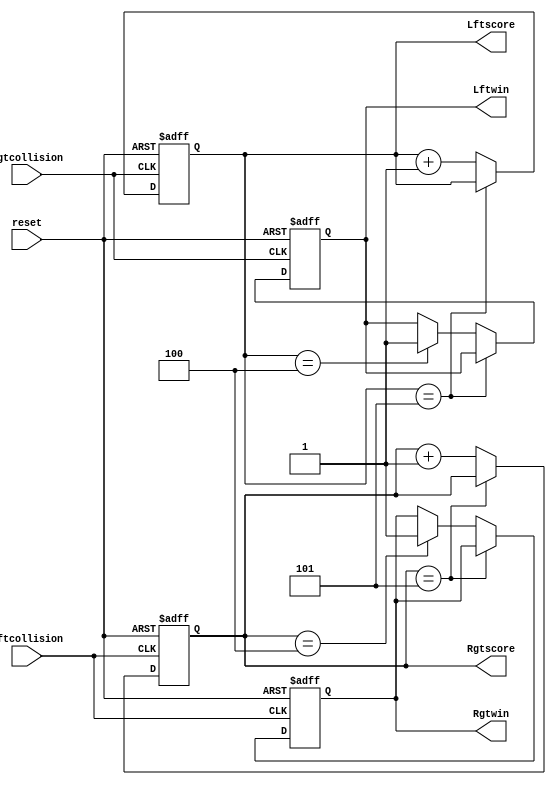
`timescale 1ns / 1ps
//////////////////////////////////////////////////////////////////////////////////
// Company: 
// Engineer: 
// 
// Design Name: 
// Module Name:    mark 
// Project Name: 
// Target Devices: 
// Tool versions: 
// Description: 
//
// Dependencies: 
//
// Revision: 
// Revision 0.01 - File Created
// Additional Comments: 
//
//////////////////////////////////////////////////////////////////////////////////
module mark(Lftcollision,Rgtcollision,reset,Lftscore,Rgtscore,Lftwin,Rgtwin);
input Lftcollision;
input Rgtcollision;
input reset;
output reg [3:0]Lftscore;
output reg [3:0]Rgtscore;
output reg  Lftwin;
output reg Rgtwin;

always @(posedge Rgtcollision,negedge reset)
	begin
		if(!reset)
			begin
				Lftwin<=0;
				Lftscore<=0;
			end
		else 
			begin
				if(Lftscore==5)
					begin
						Lftscore<=Lftscore;
					end
				else if(Lftscore==4)
					begin
						Lftwin<=1;
						Lftscore<=Lftscore+1;
					end
				else
					begin
						Lftscore<=Lftscore+1;
					end
			end
	end
	
always @(posedge Lftcollision,negedge reset)
	begin
		if(!reset)
			begin
				Rgtwin<=0;
				Rgtscore<=0;
			end
		else 
			begin
				if(Rgtscore==5)
					begin
						Rgtscore<=Rgtscore;
					end
				else if(Rgtscore==4)
					begin
						Rgtwin<=1;
						Rgtscore<=Rgtscore+1;
					end
				else
					begin
						Rgtscore<=Rgtscore+1;
					end
			end
	end


endmodule